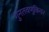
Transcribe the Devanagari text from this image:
गुनतवणुकिवर